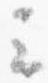
云